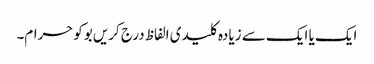
ایک یا ایک سے زیادہ کلیدی الفاظ درج کریں بوکوحرام۔